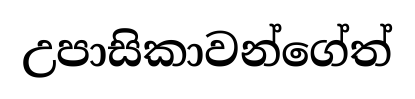
උපාසිකාවන්ගේත්